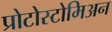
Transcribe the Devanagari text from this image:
प्रोटोस्टोमिअन